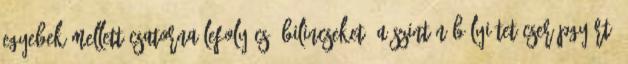
egyebek mellett csatorna lefolyócsô bilincseket, a szintén bólyi tetôcserépgyártó